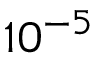
1 0 ^ { - 5 }